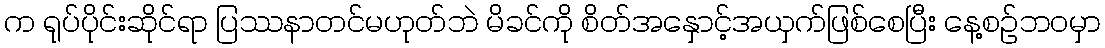
က ရုပ်ပိုင်းဆိုင်ရာ ပြဿနာတင်မဟုတ်ဘဲ မိခင်ကို စိတ်အနှောင့်အယှက်ဖြစ်စေပြီး နေ့စဉ်ဘဝမှာ